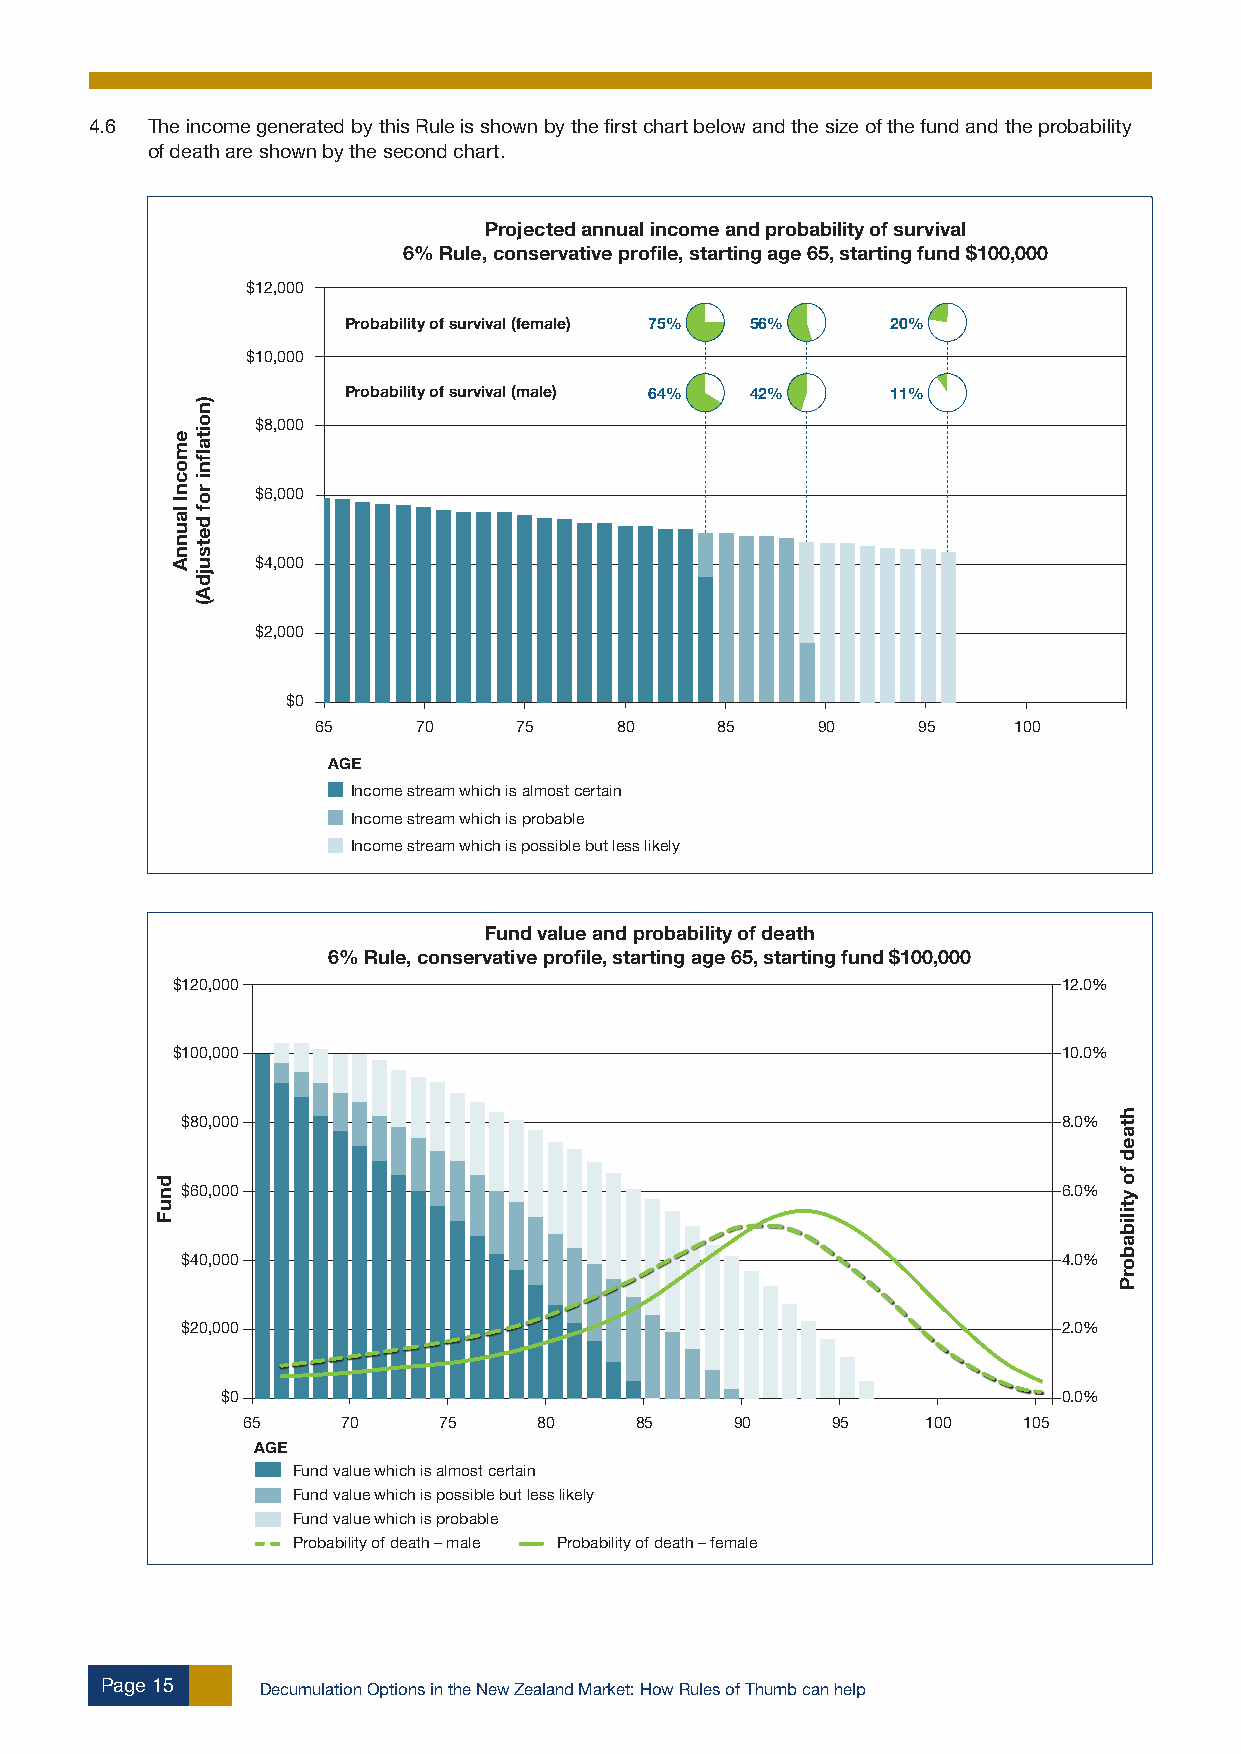
4.6 The income generated by this Rule is shown by the first chart below and the size of the fund and the probability
 of death are shown by the second chart.
 Projected annual income and probability of survival
 6% Rule, conservative profile, starting age 65, starting fund $100,000
 $12,000
 Probability of survival (female) 75% 56% 20%
 $10,000
 Probability of survival (male) 64% 42% 11%
 $8,000
 $6,000
 $4,000
 $2,000
 $0
 65     70    75     80    85     90     95    100
 AGE
 Income stream which is almost certain
 Income stream which is probable
 Income stream which is possible but less likely
 Fund value and probability of death
 6% Rule, conservative profile, starting age 65, starting fund $100,000
 $120,000                                                   12.0%
 $100,000                                                   10.0%
 $80,000                                                   8.0%
 $60,000                                                   6.0%
 $40,000                                                   4.0%
 $20,000                                                   2.0%
 $0                                                     0.0%
 65     70    75     80    85     90    95    100    105
 AGE
 Fund value which is almost certain
 Fund value which is possible but less likely
 Fund value which is probable
 Probability of death – male Probability of death – female
 Page 15   Decumulation Options in the New Zealand Market: How Rules of Thumb can help
 dnuF
 emocnI
 launnA
 )noitaflni
 rof
 detsujdA(
 htaed
 fo
 ytilibaborP